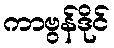
ကာဗွန်ဒိုင်